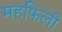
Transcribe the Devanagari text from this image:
महफिली